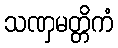
သဏှမတ္တိကံ